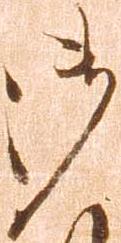
御